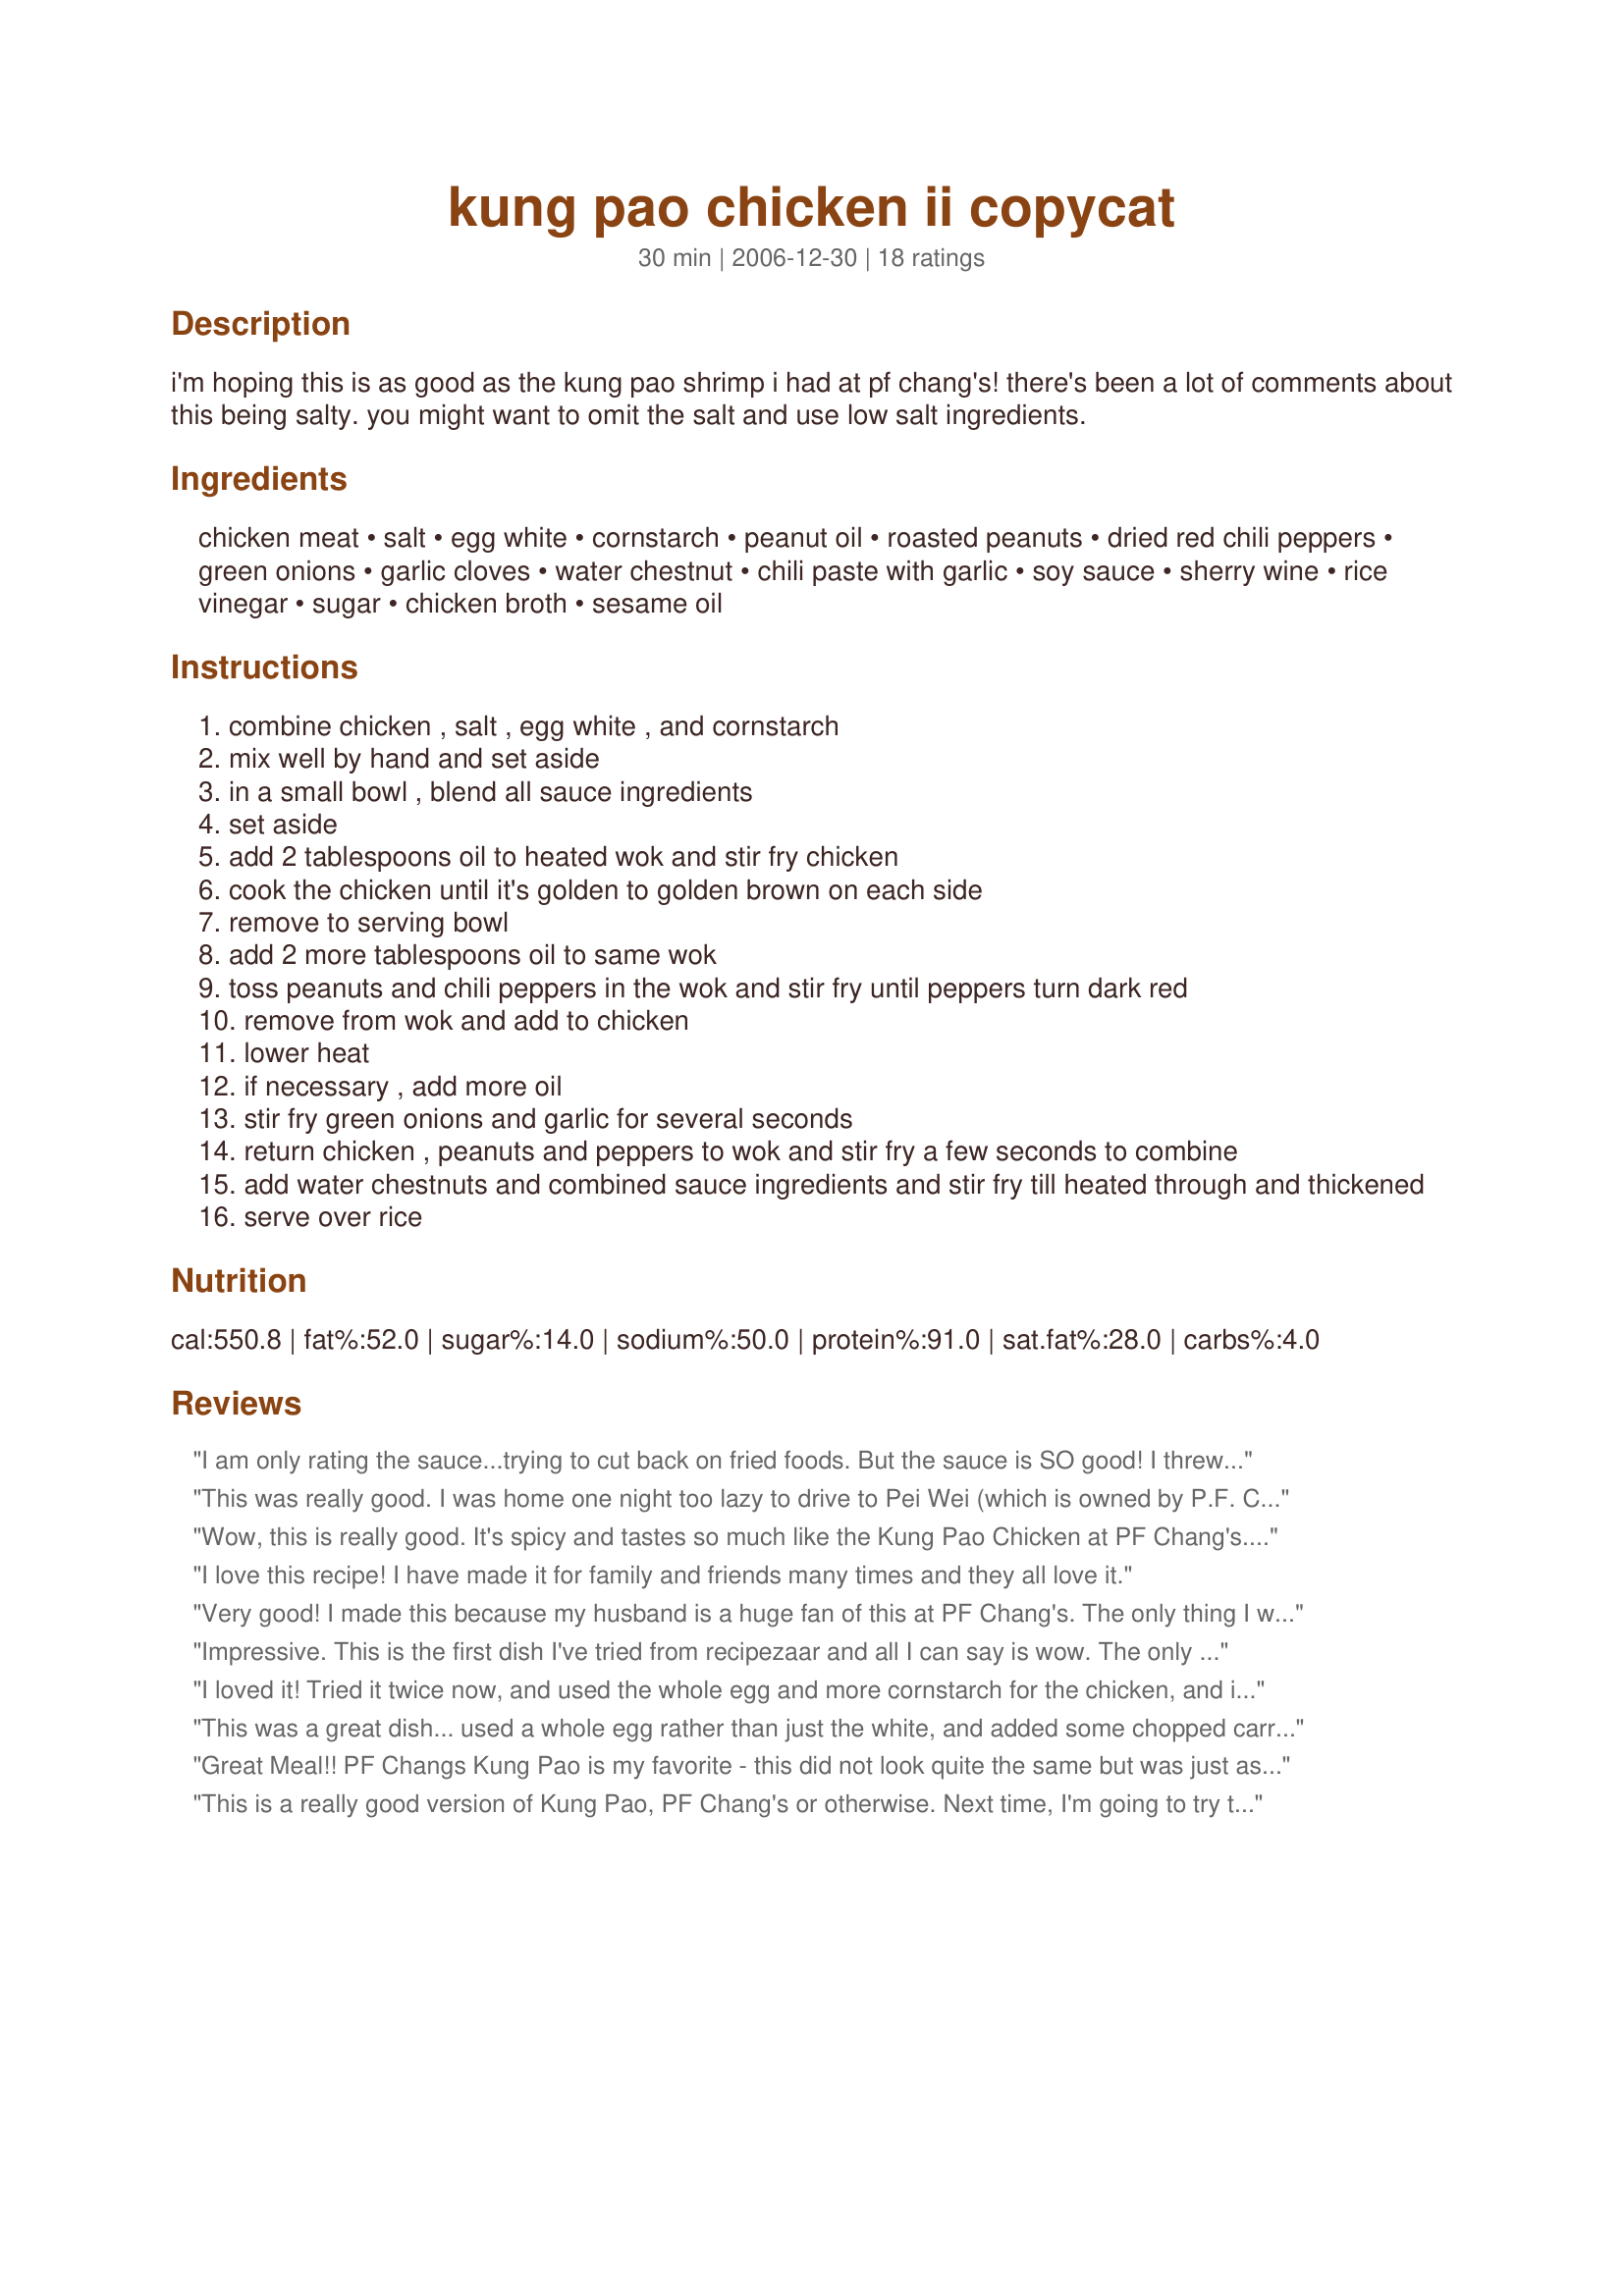
kung pao chicken ii copycat
Preparation time: 30 minutes

i'm hoping this is as good as the kung pao shrimp i had at pf chang's!

there's been a lot of comments about this being salty. you might want to omit the salt and use low salt ingredients.

Ingredients:
chicken meat, salt, egg white, cornstarch, peanut oil, roasted peanuts, dried red chili peppers, green onions, garlic cloves, water chestnut, chili paste with garlic, soy sauce, sherry wine, rice vinegar, sugar, chicken broth, sesame oil

Steps:
combine chicken , salt , egg white , and cornstarch
mix well by hand and set aside
in a small bowl , blend all sauce ingredients
set aside
add 2 tablespoons oil to heated wok and stir fry chicken
cook the chicken until it's golden to golden brown on each side
remove to serving bowl
add 2 more tablespoons oil to same wok
toss peanuts and chili peppers in the wok and stir fry until peppers turn dark red
remove from wok and add to chicken
lower heat
if necessary , add more oil
stir fry green onions and garlic for several seconds
return chicken , peanuts and peppers to wok and stir fry a few seconds to combine
add water chestnuts and combined sauce ingredients and stir fry till heated through and thickened
serve over rice

Reviews:
I am only rating the sauce...trying to cut back on fried foods. But the sauce is SO good! I threw in some dried pepper flakes and it was SPICY but delicious! Didn't have the sherry but used Mirin instead. Tossed the sauce on some plain old baked chicken andvadded some diced green peppers...will be making the sauce again and again!
This was really good. I was home one night too lazy to drive to Pei Wei (which is owned by P.F. Changs) to get the King Pao chicken and found this recipe instead. Definitely fit the bill. I would use low sodium soy next time, but other than that great recipe.
Wow, this is really good. It's spicy and tastes so much like the Kung Pao Chicken at PF Chang's. I'll be making this one over and over again.
I love this recipe! I have made it for family and friends many times and they all love it.
Very good! I made this because my husband is a huge fan of this at PF Chang's. The only thing I would do differently is to not add as much salt to the chicken - it turned out very salty for my taste, but our dinner crew ate ALL OF IT! So it was yummy.
Impressive. This is the first dish I've tried from recipezaar and all I can say is wow. The only change I made was to add a Tbl of Mongolian Fire OilÂ® to the chicken while it was browning, which added an additional hint of spice after taste. I would give this six stars if I could. Again, WOW!
I loved it! Tried it twice now, and used the whole egg and more cornstarch for the chicken, and it turned out more like PF Chang's. I used crushed red chili pepper instead, and it turned out just as delicious! I will be making this much more often, and definitely for our next party! Thanks for the recipe!
This was a great dish... used a whole egg rather than just the white, and added some chopped carrots and green bell pepper. Perfect level of saltiness with low sodium soy sauce. Thanks for posting!
Great Meal!! PF Changs Kung Pao is my favorite - this did not look quite the same but was just as delicious. It was a tad salty alone but I served it over unsalted brown rice and it was perfect.
This is a really good version of Kung Pao, PF Chang's or otherwise. Next time, I'm going to try to go a little more authentic, with celery, carrots, water chestnuts, etc. Served it with brown rice. I didn't think it was that salty, either. Try this one out!
Better than PF Changs! My husband requests this dish at least once a week. It was too salty the first time I made it. I now simply roll the chicken with corn starch and fry it in the peanut oil, omitting the salt and egg white. I use Kikkoman Less Sodium Soy Sauce. Delicious!! Thank you marisk!
I use this recipe ALL the time!!!! I know it by heart, but have made a few adjustments...I always triple the sauce and I crush the peanuts into smaller pieces. If you can't find the Asian peppers Chili de Arbols work fantastic in this dish. The peppers don't add flavor they only add heat.
I crave the Kung Pao Chicken from P.F. Changs all of the time! Thank you very much for this recipe. My dish was outstanding and it came out absolutely flavorful! My boyfriend and I enjoyed every bite of it. He was very impressed by my cooking! Once again, thank you!
I made a few mistakes with this recipe and it still turned out really good. The grocery store didn't have any dried peppers:( so I had to use red pepper flakes. I also bought salted peanuts. The result was a very salty, but very good kung pao. I can't wait to try this recipe again and make it the right way:)
Cook the chicken until it's golden to golden brown on each side. That helps achieve the right color. 

I couldn't find chili garlic paste at my store, so had to use chili garlic sauce. I think that's why it came out slightly blander than PF Changs. But that is easily adjusted for next time. It was delicious, so there definitely will be a next time!
This was a huge hit with my family. We loved it atop rice. The flavor was excellent! There was a hint of "heat" without being too spicy for my family I didn't have a problem with the recipe being salty; I used low-sodium soy sauce and omitted the salt. This is such a simple and quick way to make Kung Pao chicken and pretty healthy, too. This recipe will be heading to my "best of the best" file. P.S. I had steamed broccoli on the side, and found that I liked mixing the broccoli into the Kung Pao. Yum!
Holy salt batman! This recipe was WAY too salty. I'm probably going to try it again but I will use low sodium soy sauce and cut down the salt that goes with the chicken. I think I will also find unsalted peanuts (I even took the time to rinse my cocktail peanuts to minimize the salt, but I don't think it worked.) The chicken was very tender, just like a good Chinese restaurant. I also added diced celery and carrots for about 3 minutes before I added the chicken. This dish was otherwise easy to cook and it has a lot of potential. It has a very nice author, too. :)
I am suprised out how good this is. Only change I made was to double the sauce, however, I don't think I will do that next time. It's a hair to salty. Very good.
